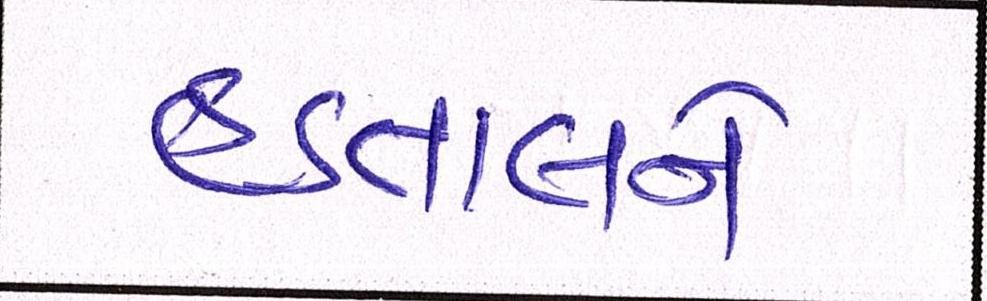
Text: હડતાલને